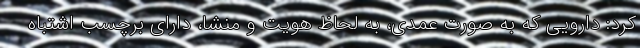
کرد: دارویی که به صورت عمدی، به لحاظ هویت و منشا، دارای برچسب اشتباه